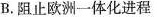
B.阻止欧洲一体化进程